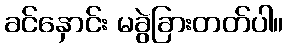
ခင်နှောင်း မခွဲခြားတတ်ပါ။